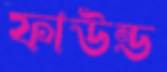
ফাউন্ড